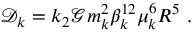
\mathcal { D } _ { k } = k _ { 2 } \mathcal { G } m _ { k } ^ { 2 } \beta _ { k } ^ { 1 2 } \mu _ { k } ^ { 6 } R ^ { 5 } \ .